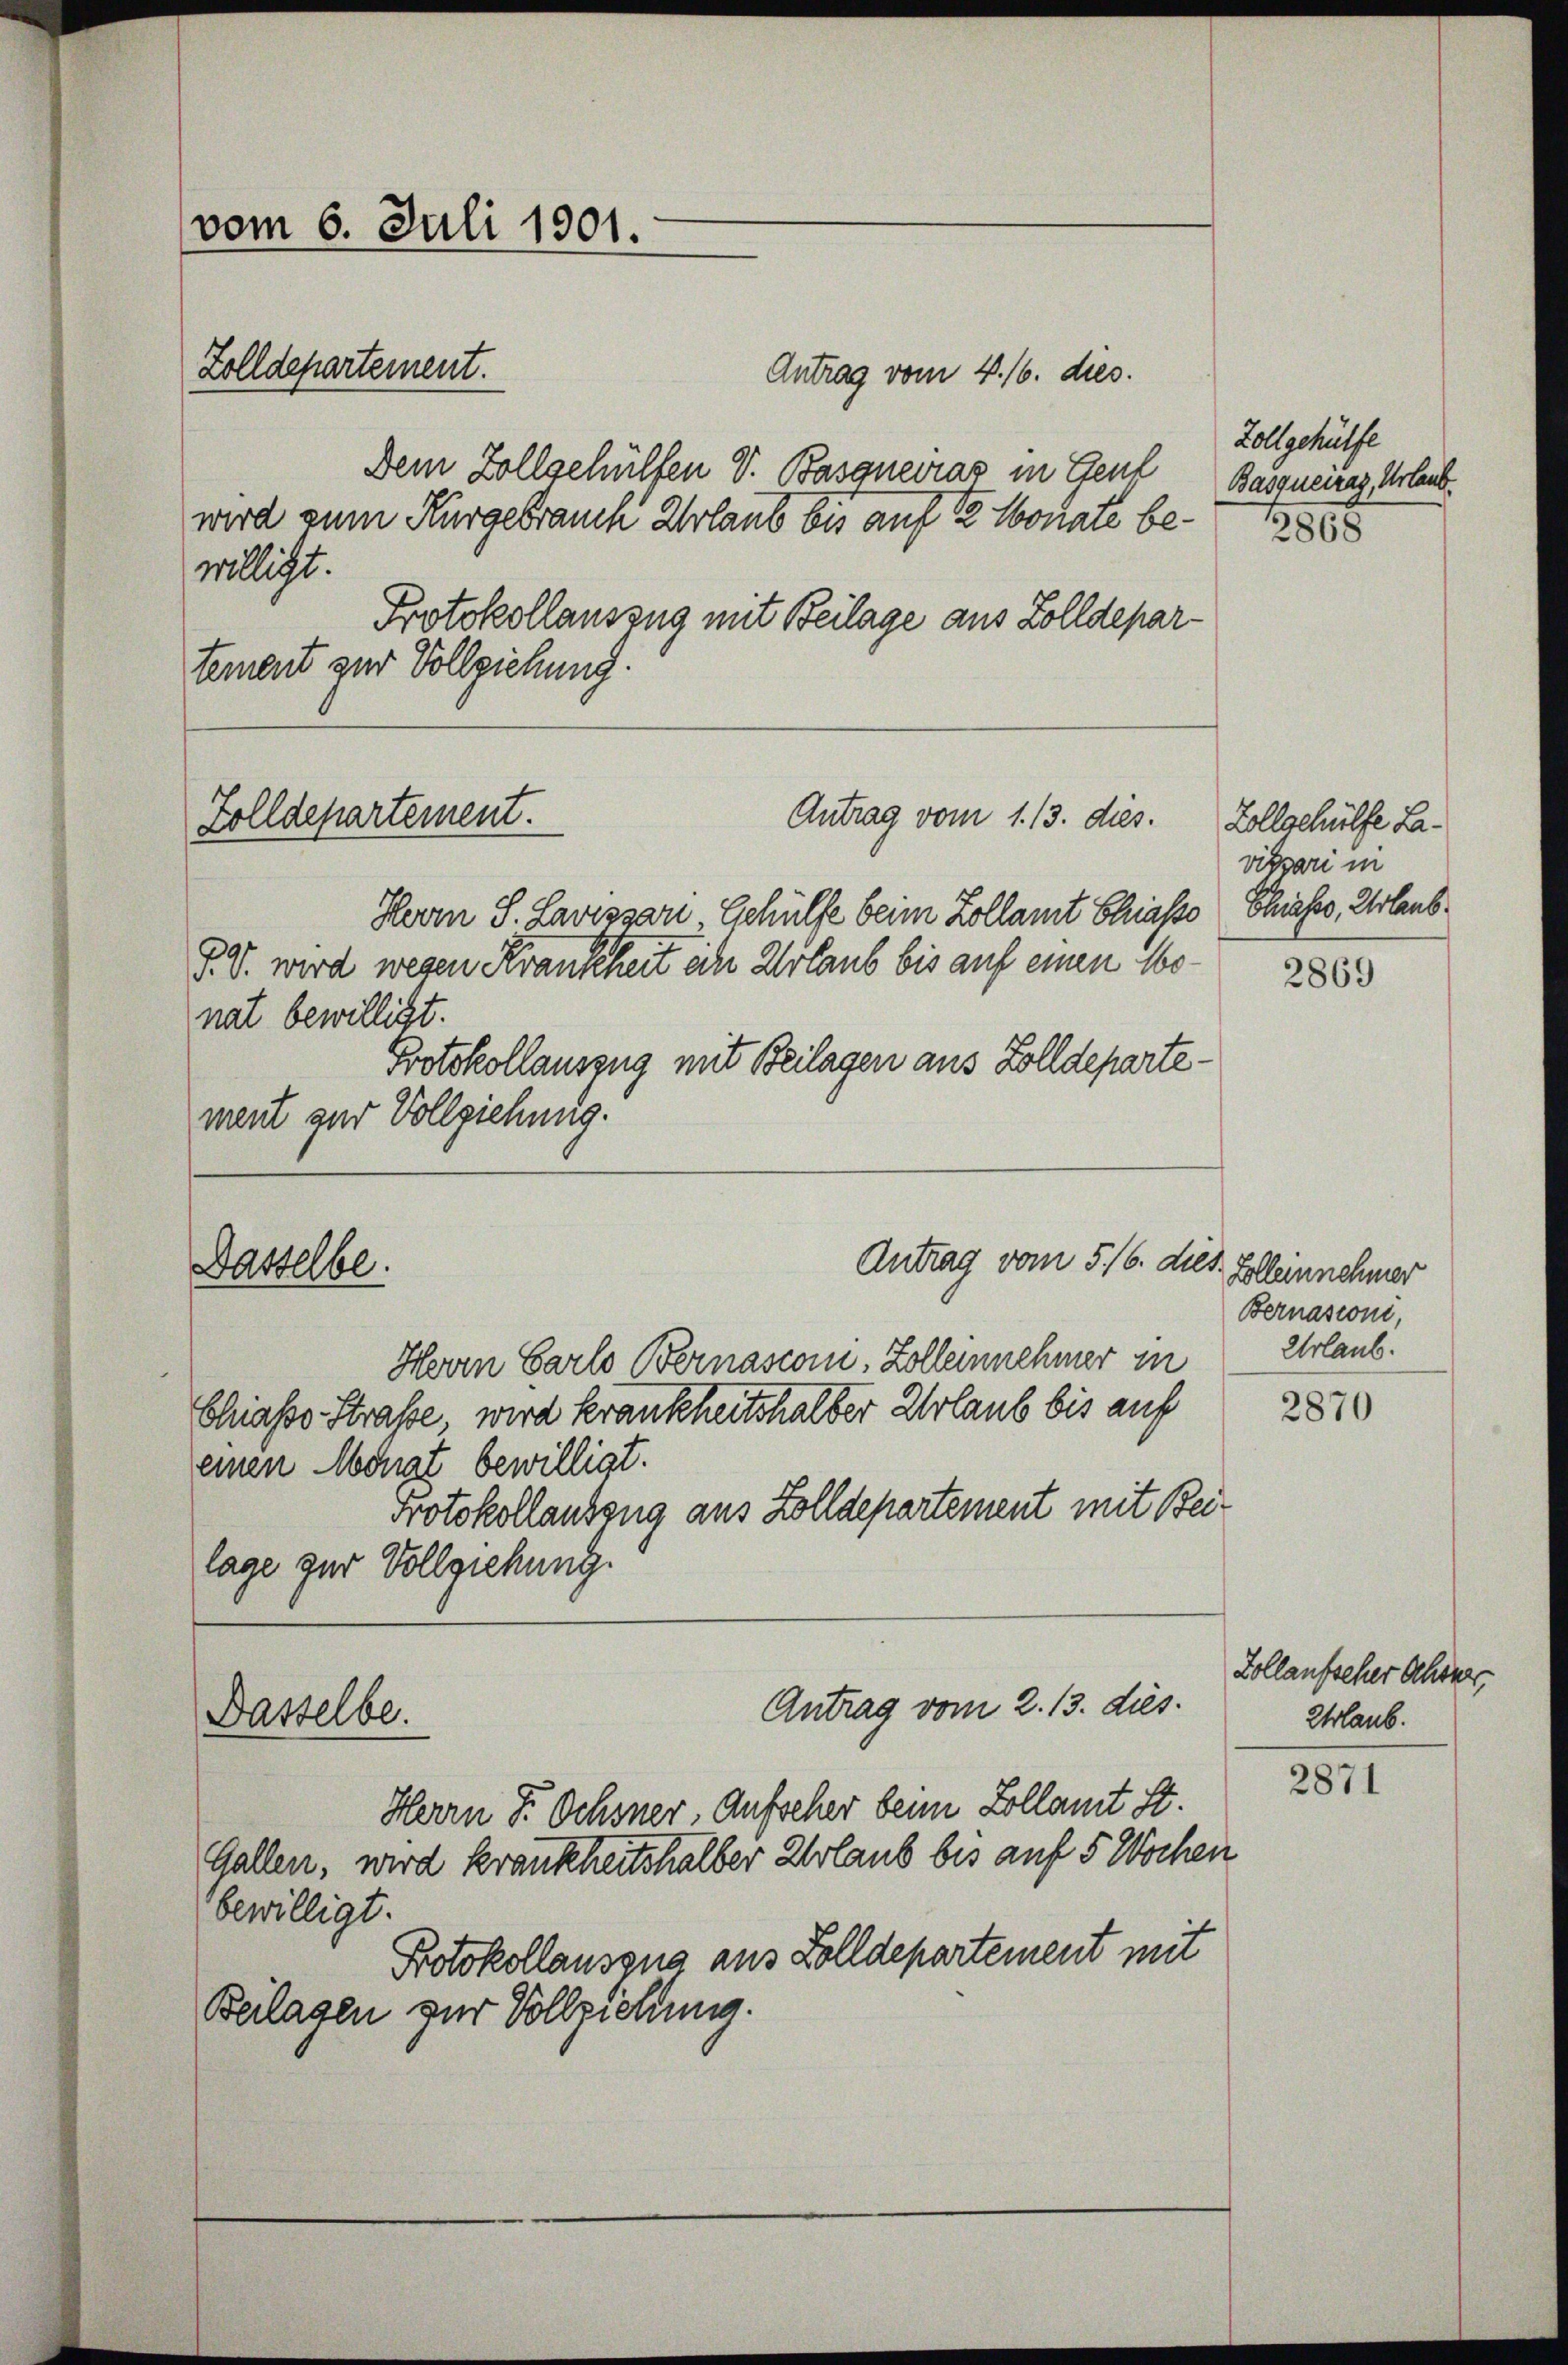
vom 6. Juli 1901.
Zolldepartement.

Antrag vom 4. 16. dies.
Dem Zollgehülfen V. Basqneiraz in Gel
wird zum Kurgebrauch Urlaub bis auf 12 Monate be- 1888
willigt.
Protokollauszug mit Beilage aus Zolldepartement zur Vollziehung.

Herrn S. Lavissari, Gehülfe beim Zollamt Eliasso Chiasso, Urlaub¬
P. V. wird wegen Krankheit ein Urlaub bis auf einen Monat bewilligt.
Protokollauszug mit Beilagen aus Zolldepartement zur Vollziehung.
Antrag vom 5./6. dies Zelleinnehmer
Dasselbe.
Herrn Carlo Bernasconi, Zolleinehmer in
Chiasso Straße, wird krankheits halter Urlaub bis auf
einen Monat bewilligt.
Protokollanzeng aus Zolldepartement mit Beilage zur Vollziehung.

Zolldepartement.

Dasselbe.

Antrag vom 1. 13. dies.

Antrag vom 2. 13. dies

Zollgehülfe
Basquciraz, Urlaub.

Herrn P. Ochsner, Aufseher beim Kollamt St.
Gallen, wird krankheitshalber Urlaub bis auf 5 Wochen
bewilligt.
Protokollausgna aus Zolldepartement mit
Beilagen zur Vollziehung.

Zollschülfe L.
vissari in

2869

Bernasconi,
Urlaub.

2870

2871

Zollaufseher Schönes,
Urlaub.